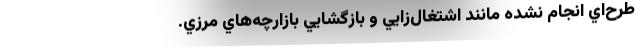
طرح‌اي انجام نشده مانند اشتغال‌زايي و بازگشايي بازارچه‌هاي مرزي.